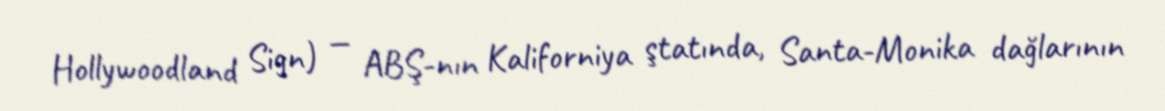
Hollywoodland Sign) — ABŞ-nın Kaliforniya ştatında, Santa-Monika dağlarının